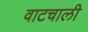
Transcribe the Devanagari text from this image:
वाटचाली